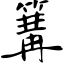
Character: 篝